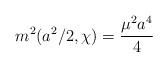
LaTeX: \begin{align*}m^2(a^2/2, \chi) = \frac{\mu^2a^4}{4}\end{align*}